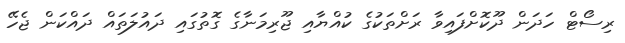
ރިސޯޓް ހަދަން ދޫކޮށްފައިވާ ރަށްތަކުގެ ކުއްޔާއި ޖޫރިމަނާގެ ގޮތުގައި ދައުލަތައް ދައްކަން ޖެހޭ